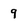
Character: 9